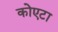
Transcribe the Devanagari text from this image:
कोएटा